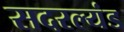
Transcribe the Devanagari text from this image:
सदरल्यंड